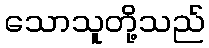
သောသူတို့သည်